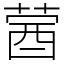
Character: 蒏